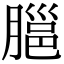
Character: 𦞡